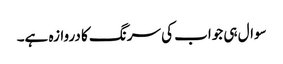
سوال ہی جواب کی سرنگ کا دروازہ ہے۔